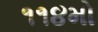
૧૧૪મો